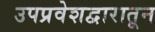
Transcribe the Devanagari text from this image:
उपप्रवेशद्वारातून